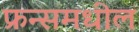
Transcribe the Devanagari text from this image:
फ्रन्समधील